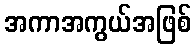
အကာအကွယ်အဖြစ်